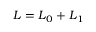
\boldsymbol { L } = \boldsymbol { L } _ { 0 } + \boldsymbol { L } _ { 1 }